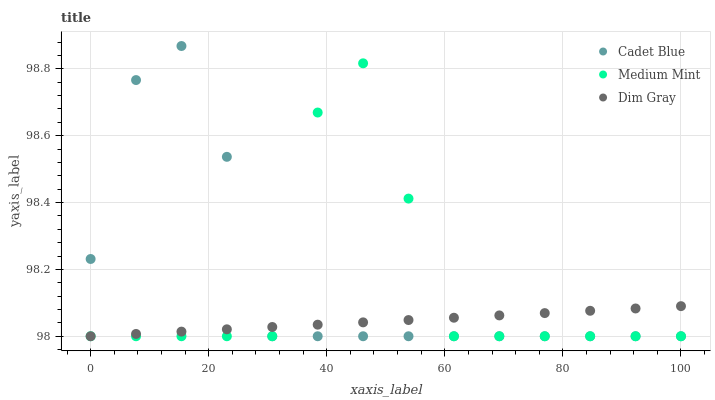
| xaxis_label | Cadet Blue | Medium Mint | Dim Gray |
 | --- | --- | --- | --- |
 | 0 | 98.2 | 98 | 98 |
 | 7.69 | 98.8 | 98 | 98 |
 | 15.4 | 98.9 | 98 | 98 |
 | 23.1 | 98.5 | 98 | 98 |
 | 30.8 | 98 | 98 | 98 |
 | 38.5 | 98 | 98.7 | 98 |
 | 46.2 | 98 | 98.8 | 98 |
 | 53.8 | 98 | 98.4 | 98 |
 | 61.5 | 98 | 98 | 98.1 |
 | 69.2 | 98 | 98 | 98.1 |
 | 76.9 | 98 | 98 | 98.1 |
 | 84.6 | 98 | 98 | 98.1 |
 | 92.3 | 98 | 98 | 98.1 |
 | 100 | 98 | 98 | 98.1 |